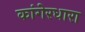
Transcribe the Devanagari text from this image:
कांगेरधारा